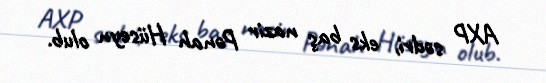
AXP sədri, eks baş nazir Pənah Hüseyn olub.